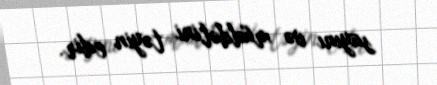
sayını və müddətini təyin edir.